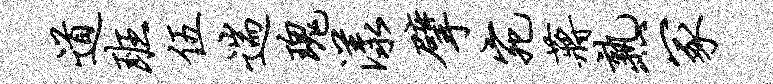
道班伍遄瑰漾擘宛蒋熟冢